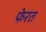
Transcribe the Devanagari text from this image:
फेरत